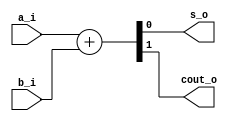
`timescale 1ns / 1ps
//////////////////////////////////////////////////////////////////////////////////
// Company: 
// Engineer: 
// 
// Design Name: 
// Module Name: half_adder_behav
// Project Name: 
// Target Devices: 
// Tool Versions: 
// Description: 
// 
// Dependencies: 
// 
// Revision:
// Revision 0.01 - File Created
// Additional Comments:
// 
//////////////////////////////////////////////////////////////////////////////////


module half_adder_behav
(
input wire a_i,
input wire b_i,
output reg s_o,
output reg cout_o
);

always @(a_i,b_i) begin
    {cout_o,s_o} = a_i + b_i;
end

endmodule